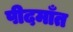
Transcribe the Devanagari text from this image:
पीदमाँत